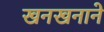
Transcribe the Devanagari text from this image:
खनखनाने